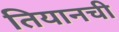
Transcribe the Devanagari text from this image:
तियानची